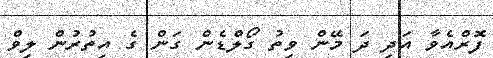
ފޮރްއެވާ އަދި ދަ މޭން ވިތު ގޯލްޑެން ގަން ގެ އިތުރުން ލިވް